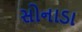
સોનાડા